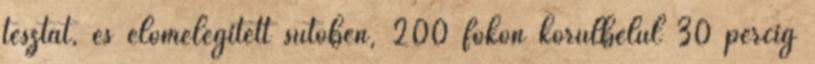
tésztát, és előmelegített sütőben, 200 fokon körülbelül 30 percig